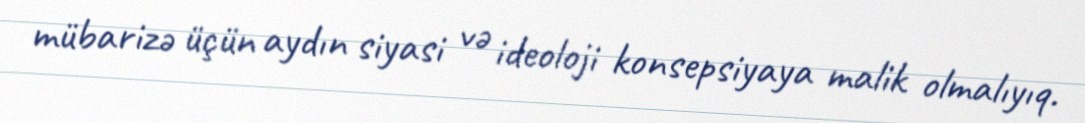
mübarizə üçün aydın siyasi və ideoloji konsepsiyaya malik olmalıyıq.